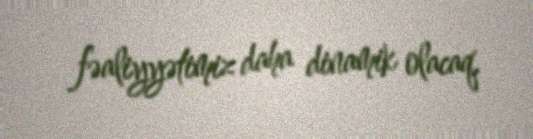
fəaliyyətimiz daha dinamik olacaq.